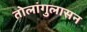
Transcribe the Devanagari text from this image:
तोलांगुलासन